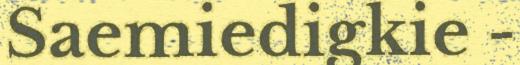
Saemiedigkie -